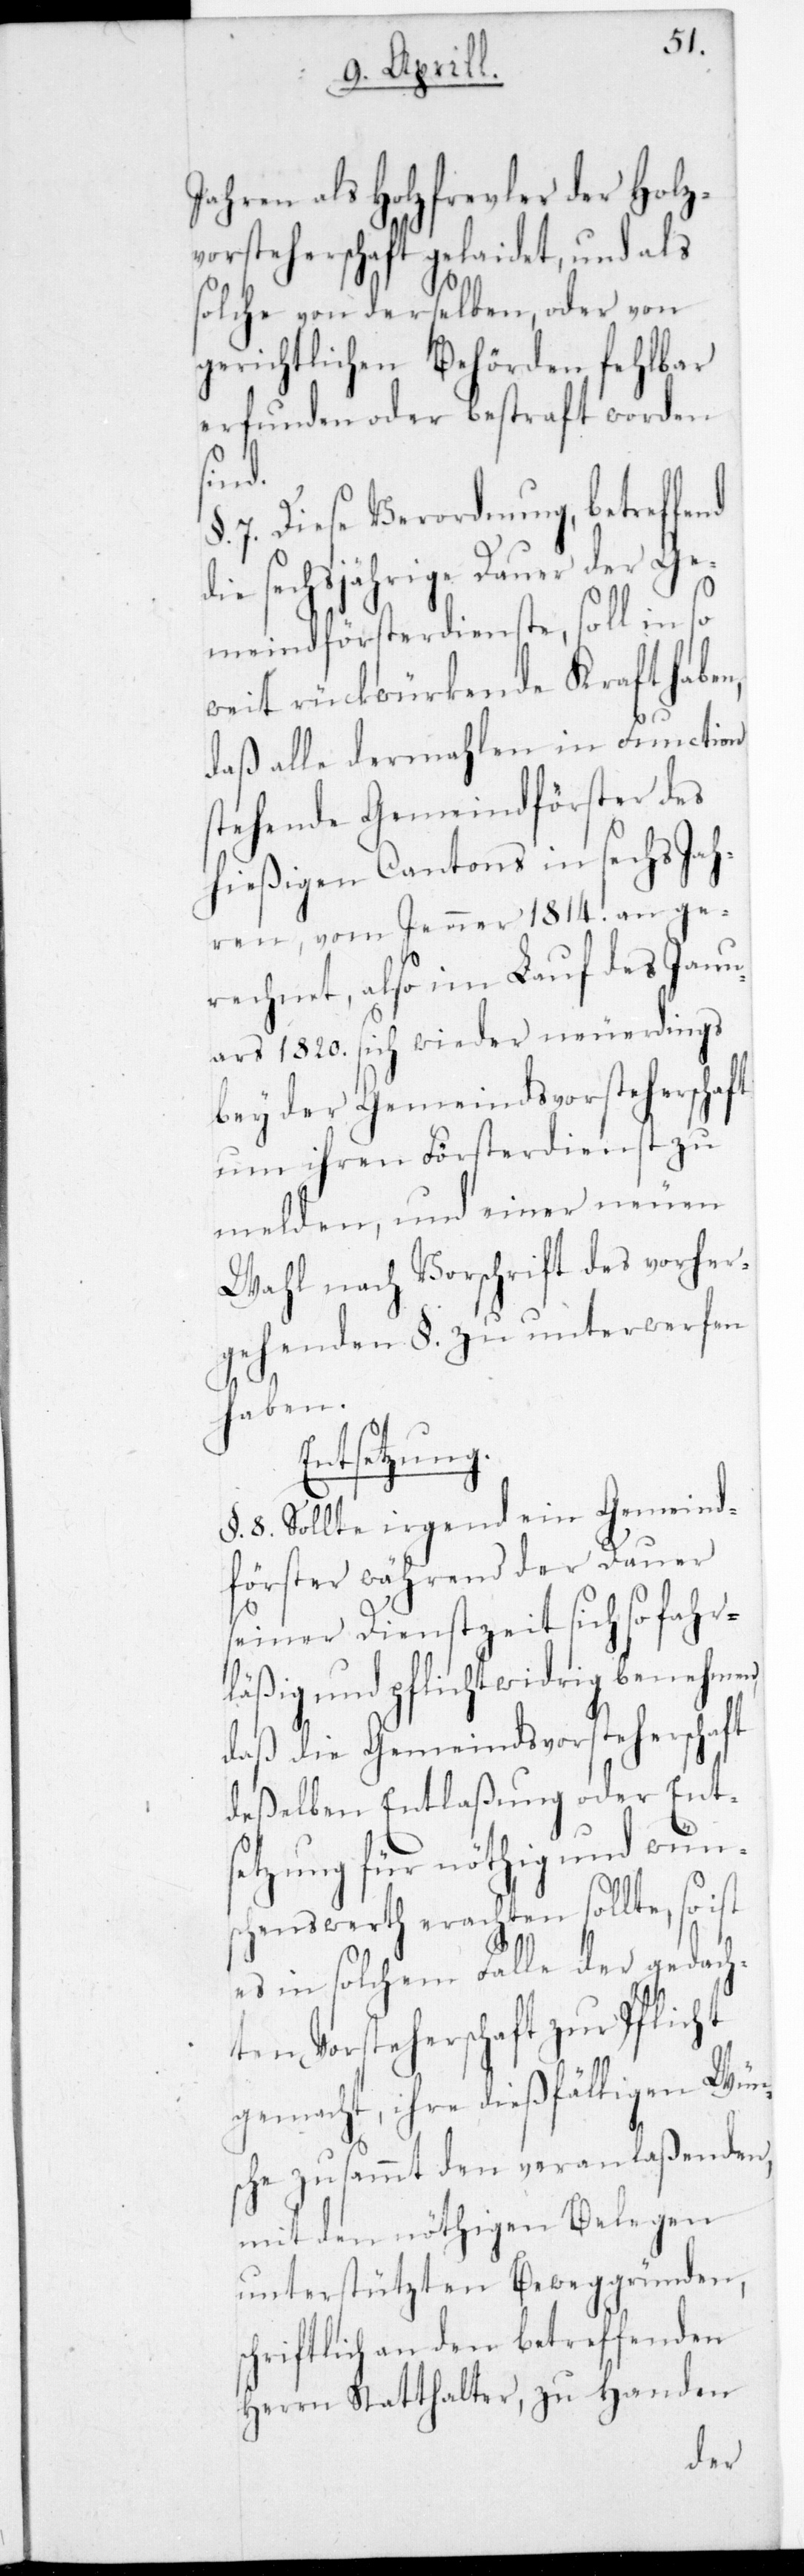
Jahren als Holzfrevler der Holz¬
vorsteherschaft gelaidet, und als
solche von derselben oder von
gerichtlichen Behörden fehlbar
erfunden oder bestraft worden
sind.
7. Diese Verordnung, betreffend
die sechsjährige Dauer der Ge¬
meindförsterdienste, soll in so
weit rückwürkende Kraft haben,
daß alle dermahlen in Function
stehende Gemeindförster des
hießigen Cantons in sechs Jah¬
ren, vom Jenner 1814. an ge¬
rechnet, also im Lauf des Janu¬
ars 1820. sich wieder neuerdings
bey der Gemeindsvorsteherschaft
um ihren Försterdienst zu
melden, und einer neuen
Wahl nach Vorschrift des vorher¬
gehenden §. zu unterwerfen
haben.
Entsetzung.
§. 8. Sollte irgend ein Gemeind¬
förster während der Dauer
seiner Dienstzeit sich so fahr¬
läßig und pflichtwidrig benehmen,
daß die Gemeindsvorsteherschaft
deßelben Entlaßung oder Ent¬
setzung für nöthig und wün¬
schenswerth erachten sollte, so
es in solchem Falle der gedach¬
ten Vorsteherschaft zur Pflicht
gemacht, ihre dießfälligen Wüns¬
che zusammt den veranlaßenden,
mit den nöthigen Belegen
unterstützten Beweggründen,
schriftlich an den betreffenden
Herrn Statthalter, zu Handen